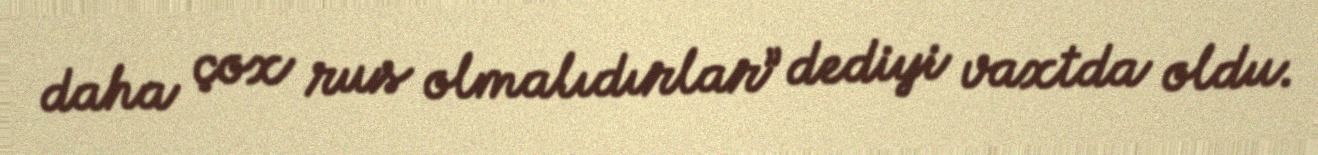
daha çox rus olmalıdırlar” dediyi vaxtda oldu.